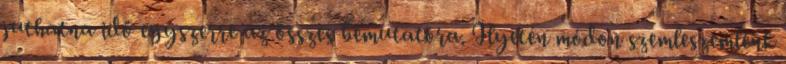
juthatna idő egyszerre az összes bemutatóra. Ilyetén módon szemleszemlénk